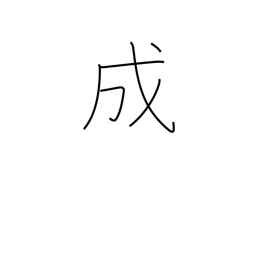
Meaning: grow